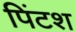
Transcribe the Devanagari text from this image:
पिंटश